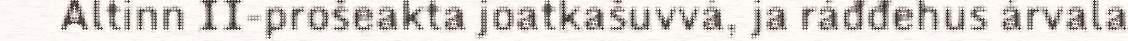
Altinn II-prošeakta joatkašuvvá, ja ráđđehus árvala